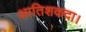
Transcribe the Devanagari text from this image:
आतिशकदा।